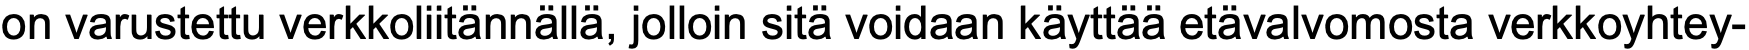
on varustettu verkkoliitännällä, jolloin sitä voidaan käyttää etävalvomosta verkkoyhtey-